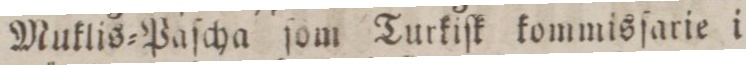
Muklis=Paſcha ſöm Turkiſk kommisſarie i